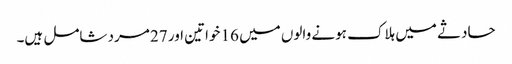
حادثے میں ہلاک ہونے والوں میں 16 خواتین اور 27 مرد شامل ہیں۔